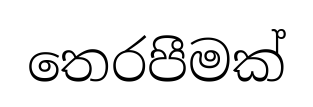
තෙරපීමක්